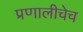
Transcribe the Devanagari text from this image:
प्रणालीचेच